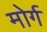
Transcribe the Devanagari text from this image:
मोर्ग